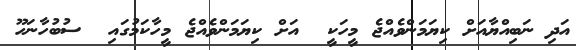
އަދި ނަބިއްޔާއަށް ކިޔަމަންވެއްޖެ މީހަކީ  އަށް ކިޔަމަންވެއްޖެ މީހާކަމުގައި  ސުބުހާނަހޫ